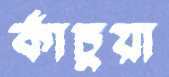
কাঁচুয়া